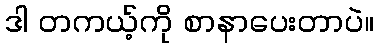
ဒါ တကယ့်ကို စာနာပေးတာပဲ။